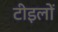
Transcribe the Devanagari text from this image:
टीइलों